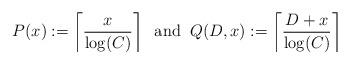
LaTeX: \begin{align*}P(x):= \left\lceil \frac{x}{\log(C)} \right\rceil \;\;\mathrm{and}\;\; Q(D,x):= \left\lceil \frac{D+x}{\log(C)} \right\rceil\end{align*}